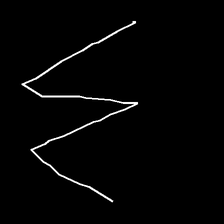
Glyph: crush